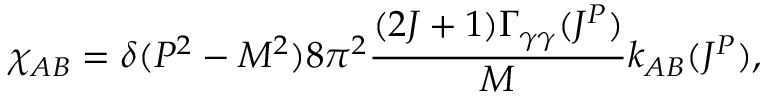
\chi _ { A B } = \delta ( P ^ { 2 } - M ^ { 2 } ) 8 \pi ^ { 2 } \frac { ( 2 J + 1 ) \Gamma _ { \gamma \gamma } ( J ^ { P } ) } { M } k _ { A B } ( J ^ { P } ) ,